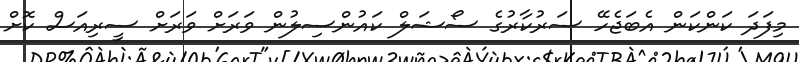
މިފަދަ ކަންކަން އެބަޖެހޭ ސަރުކާރުގެ ސޯޝަލް ކައުންސިލުން ވަރަށް ވަރަށް ސީރިއަސް ކޮށް